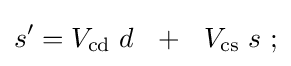
s'=V_{\mathrm {cd} }\;d~~+~~V_{\mathrm {cs} }\;s~;